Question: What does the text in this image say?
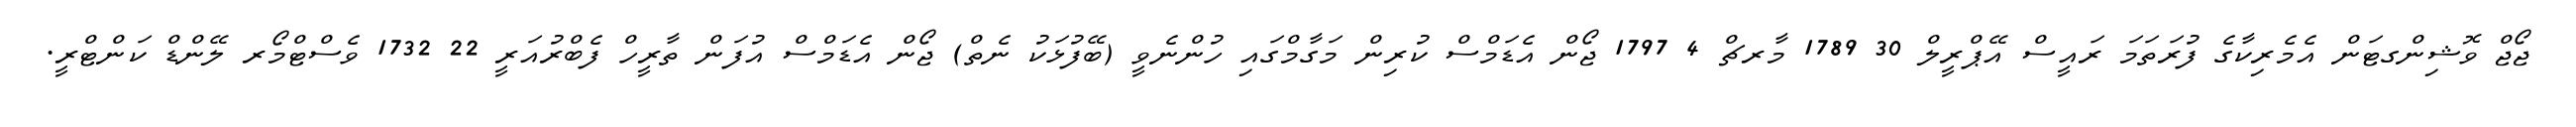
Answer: ޖޯޖް ވޮޝިންގޓަން އެމެރިކާގެ ފުރަތަމަ ރައީސް އޭޕްރީލް 30 1789 މާރޗް 4 1797 ޖޯން އެޑަމްސް ކުރިން މަގާމްގައި ހުންނެވީ (ބޭފުޅަކު ނެތް) ޖޯން އެޑަމްސް އުފަން ތާރީހް ފެބްރުއަރީ 22 1732 ވެސްޓްމޯރ ލޭންޑް ކަންޓްރީ.